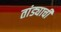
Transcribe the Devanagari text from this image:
तांड्याची